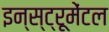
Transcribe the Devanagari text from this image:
इन्स्ट्रूमेंटल